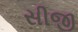
સીજી